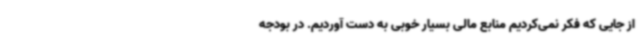
از جایی که فکر نمی‌کردیم منابع مالی بسیار خوبی به دست آوردیم. در بودجه